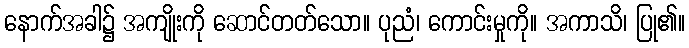
နောက်အခါ၌ အကျိုးကို ဆောင်တတ်သော။ ပုညံ၊ ကောင်းမှုကို။ အကာသိ၊ ပြု၏။